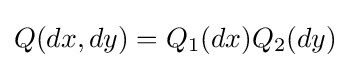
Q(dx,dy)=Q_{1}(dx)Q_{2}(dy)